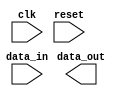
module SPI_Controller (
    input wire clk,
    input wire reset,
    input wire data_in,
    output wire data_out
);

// Timing control logic goes here

// Synchronization logic goes here

endmodule